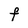
Character: F